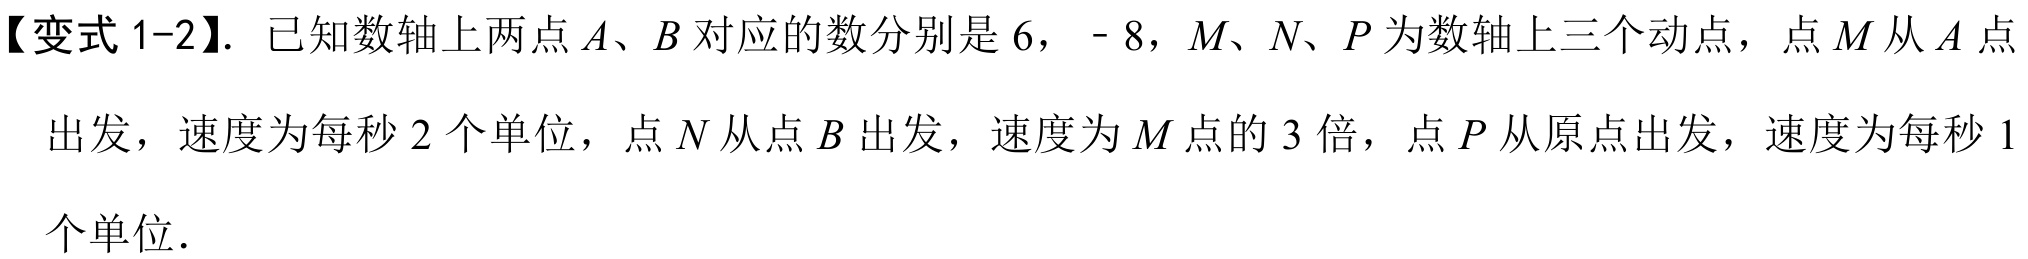
【变式 1-2】. 已知数轴上两点\(A\)、\(B\)对应的数分别是\(6\)，\(- 8\)，\(M\)、\(N\)、\(P\)为数轴上三个动点，点\(M\)从\(A\)点出发，速度为每秒\(2\)个单位，点\(N\)从点\(B\)出发，速度为\(M\)点的\(3\)倍，点\(P\)从原点出发，速度为每秒\(1\)个单位.